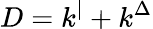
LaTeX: D=k^{|}+k^{\Delta}